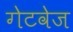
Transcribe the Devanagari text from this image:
गेटवेज